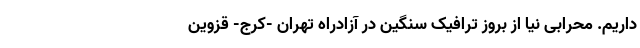
داریم. محرابی نیا از بروز ترافیک سنگین در آزادراه تهران -کرج- قزوین